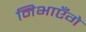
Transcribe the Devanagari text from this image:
निभाएँगे